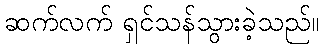
ဆက်လက် ရှင်သန်သွားခဲ့သည်။